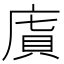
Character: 𢉯